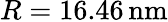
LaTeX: R=16.46\, \textrm{nm}